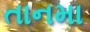
તાનમા